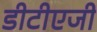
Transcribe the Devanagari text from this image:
डीटीएजी